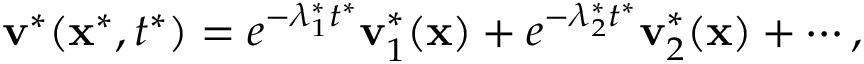
\mathbf { v ^ { * } } ( \mathbf { x } ^ { * } , t ^ { * } ) = e ^ { - \lambda _ { 1 } ^ { * } t ^ { * } } \mathbf { v } _ { 1 } ^ { * } ( \mathbf { x } ) + e ^ { - \lambda _ { 2 } ^ { * } t ^ { * } } \mathbf { v } _ { 2 } ^ { * } ( \mathbf { x } ) + \cdots ,